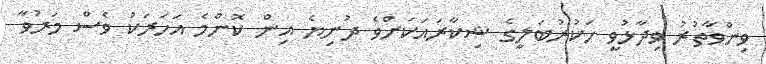
ވިންވާތުރު ވިދާޅުވީ ހަކުރުބަލީގެ ޝިކާރައަކަށްވެ ދުނިޔެ އިން ކޮންމެ އަހަރަކު ވެސް މަރުވާ